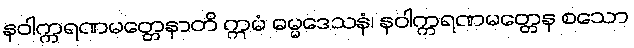
နဝါက္ကရဏမတ္တေနာတိ ဣမံ ဓမ္မဒေသနံ၊ နဝါက္ကရဏမတ္တေန စသော